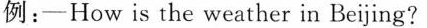
例:-How is the weather in Beijing?